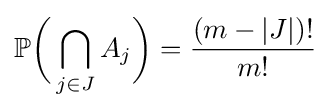
\mathbb {P} {\biggl (}\bigcap _{j\in J}A_{j}{\biggr )}={\frac {(m-|J|)!}{m!}}